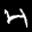
Label: 4